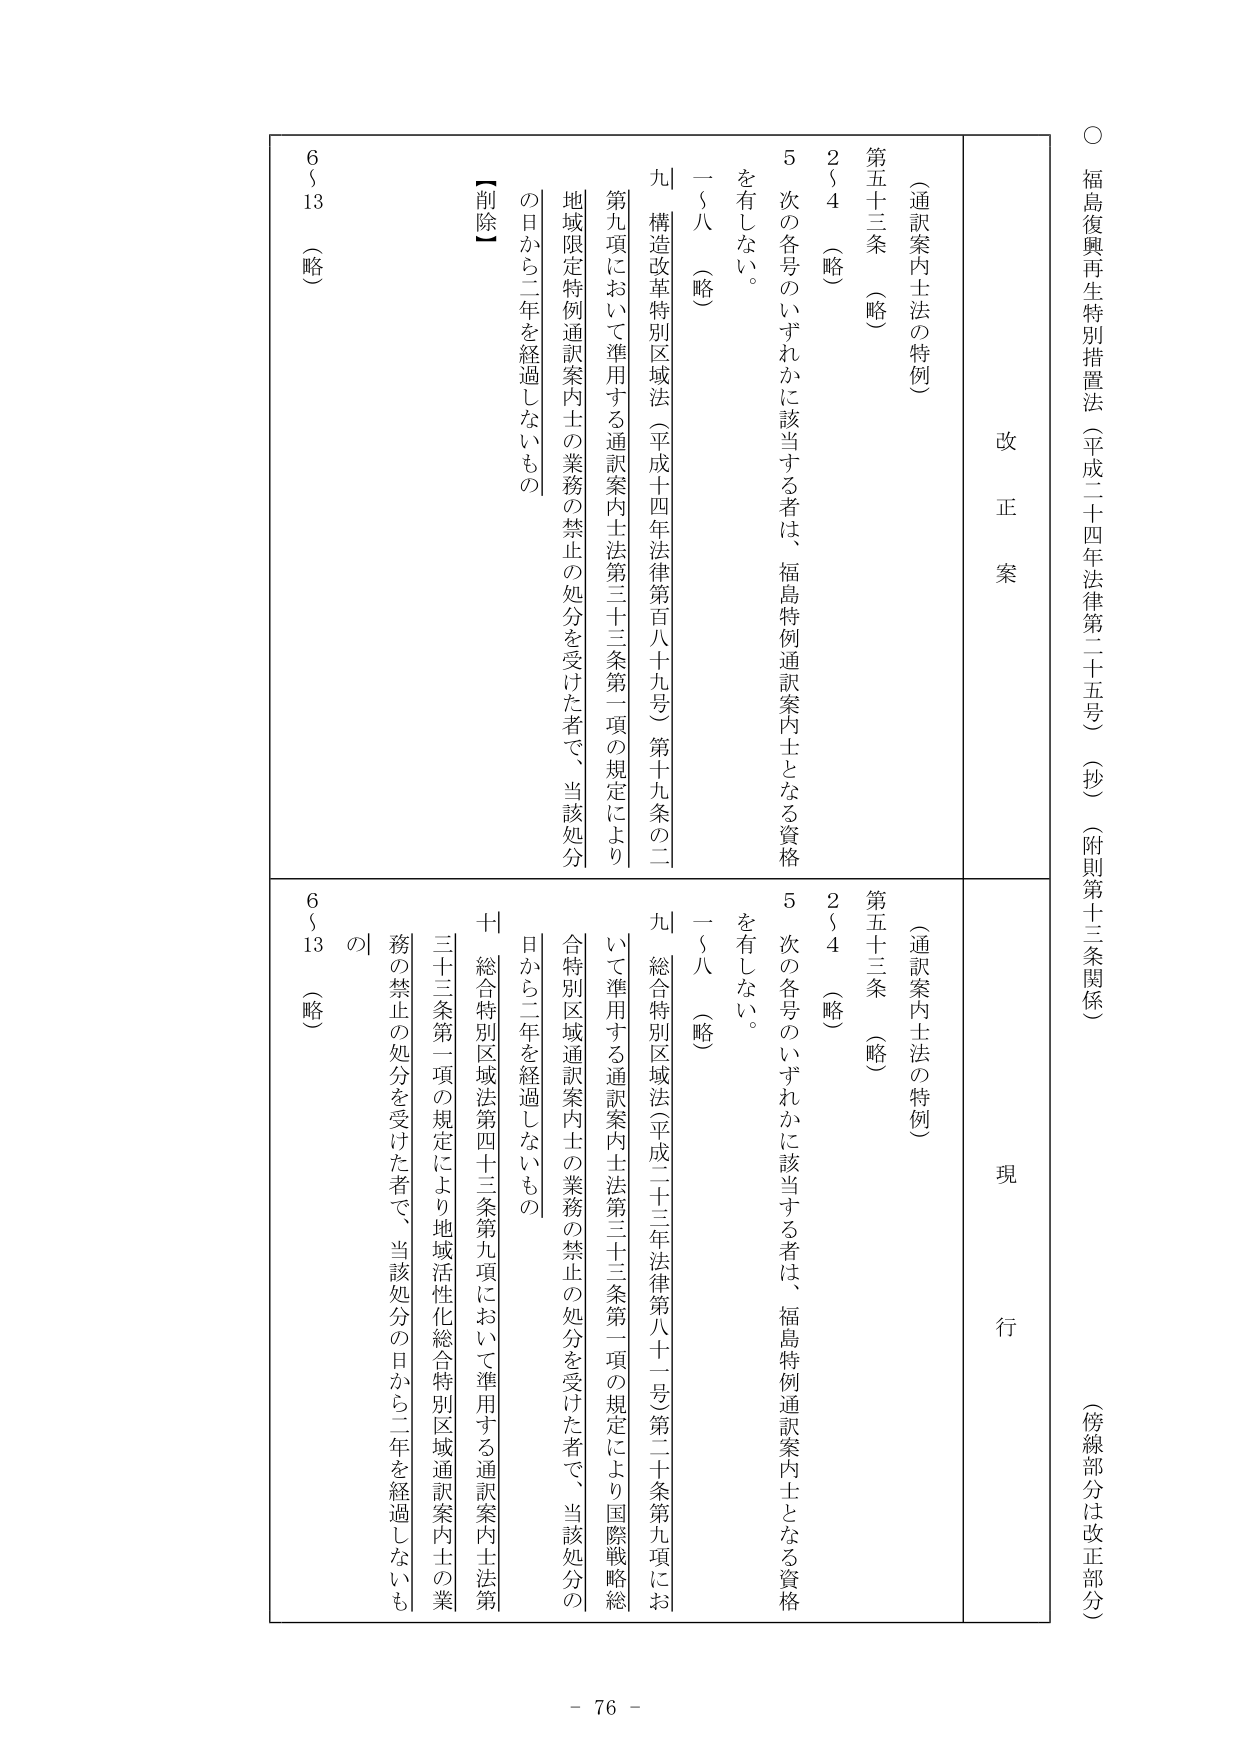
○ 福島復興再生特別措置法（平成二十四年法律第二十五号）（抄）（附則第十三条関係）
（傍線部分は改正部分）

改正案
現行

（通訳案内士法の特例）
第五十三条 （略）
２～４ （略）
５ 次の各号のいずれかに該当する者は、福島特例通訳案内士となる資格を有しない。
一～八 （略）
九 構造改革特別区域法（平成十四年法律第百八十九号）第十九条の二第一項において準用する通訳案内士法第三十三条第一項の規定により地域限定特例通訳案内士の業務の禁止の処分を受けた者で、当該処分の日から二年を経過しないもの
６～13 （略）

（通訳案内士法の特例）
第五十三条 （略）
２～４ （略）
５ 次の各号のいずれかに該当する者は、福島特例通訳案内士となる資格を有しない。
一～八 （略）
九 総合特別区域法（平成二十三年法律第八十一号）第二十条第九項において準用する通訳案内士法第三十三条第一項の規定により国際戦略総合特別区域通訳案内士の業務の禁止の処分を受けた者で、当該処分の日から二年を経過しないもの
十 総合特別区域法第四十三条第九項において準用する通訳案内士法第三十三条第一項の規定により地域活性化総合特別区域通訳案内士の業務の禁止の処分を受けた者で、当該処分の日から二年を経過しないもの
６～13 （略）

- 76 -